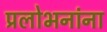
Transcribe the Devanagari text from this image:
प्रलोभनांना